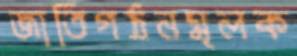
জাতিগঠনমূলক